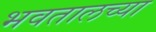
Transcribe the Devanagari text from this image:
भवतालच्या